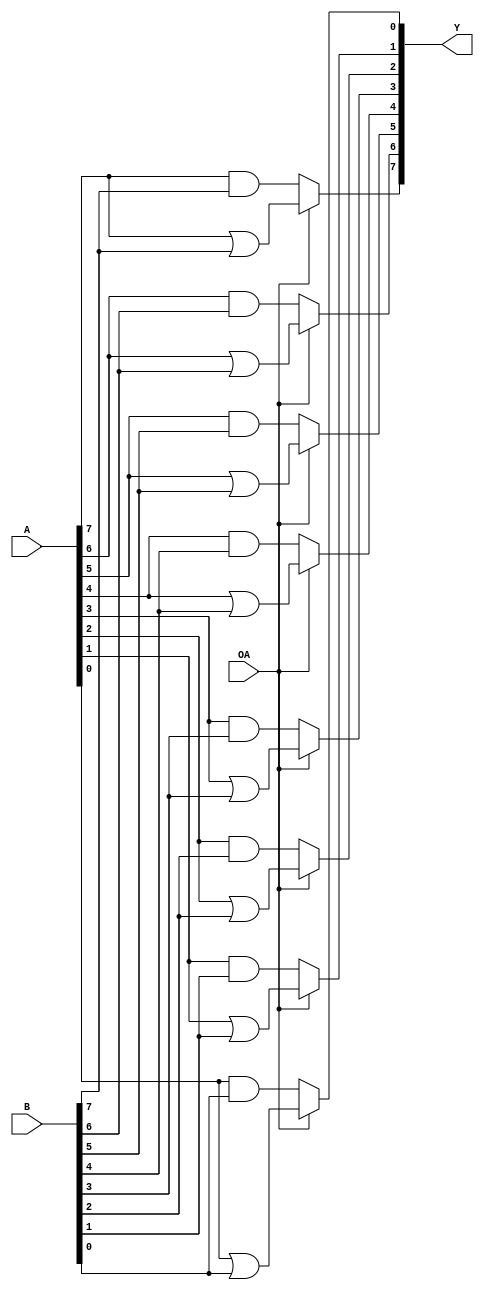
module logical(A, B, OA, Y);

  // inputs
  input [7:0] A, B;
  input OA;

  // outputs
  output [7:0] Y;

  /* ADD YOUR CODE BELOW THIS LINE */
	assign Y[7] = ~(OA == 0) ? A[7] | B[7] : A[7] & B[7];
	assign Y[6] = ~(OA == 0) ? A[6] | B[6] : A[6] & B[6];
	assign Y[5] = ~(OA == 0) ? A[5] | B[5] : A[5] & B[5];
	assign Y[4] = ~(OA == 0) ? A[4] | B[4] : A[4] & B[4];
	assign Y[3] = ~(OA == 0) ? A[3] | B[3] : A[3] & B[3];
	assign Y[2] = ~(OA == 0) ? A[2] | B[2] : A[2] & B[2];
	assign Y[1] = ~(OA == 0) ? A[1] | B[1] : A[1] & B[1];
	assign Y[0] = ~(OA == 0) ? A[0] | B[0] : A[0] & B[0];
	
	
	
  

  /* ADD YOUR CODE ABOVE THIS LINE */

endmodule